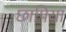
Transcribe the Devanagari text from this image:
छापिया